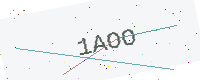
Text: 1AOO